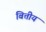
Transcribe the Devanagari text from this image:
बित्तीय